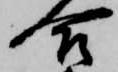
合